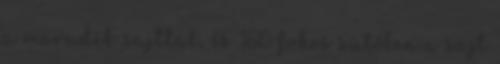
a maradék sajttal, és 180 fokos sütőben a sajt